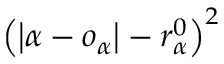
\left( \left| \alpha - o _ { \alpha } \right| - r _ { \alpha } ^ { 0 } \right) ^ { 2 }